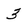
Character: 3